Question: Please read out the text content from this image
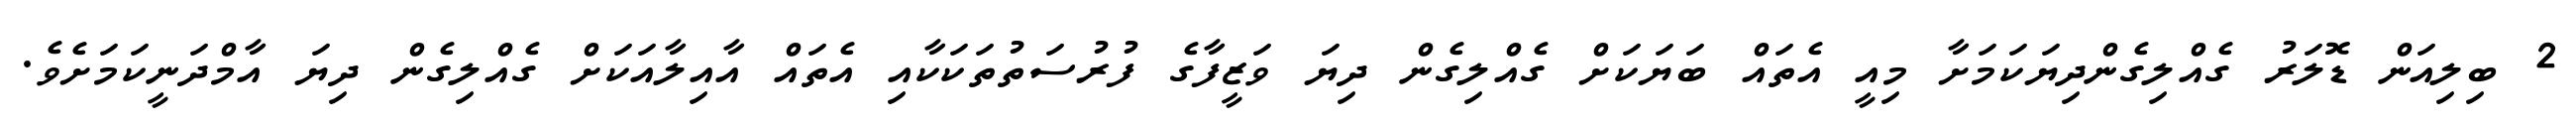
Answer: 2 ބިލިއަން ޑޮލަރު ގެއްލިގެންދިޔަކަމަށާ މިއީ އެތައް ބަޔަކަށް ގެއްލިގެން ދިޔަ ވަޒީފާގެ ފުރުސަތުތަކަކާއި އެތައް އާއިލާއަކަށް ގެއްލިގެން ދިޔަ އާމްދަނީކަމަށެވެ.